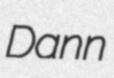
Dann